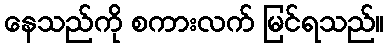
နေသည်ကို စကားလက် မြင်ရသည်။